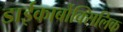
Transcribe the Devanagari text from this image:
डाईकार्बौक्सिलिक